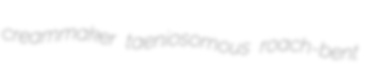
creammaker taeniosomous roach-bent